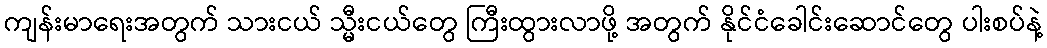
ကျန်းမာရေးအတွက် သားငယ် သ္မီးငယ်တွေ ကြီးထွားလာဖို့ အတွက် နိုင်ငံခေါင်းဆောင်တွေ ပါးစပ်နဲ့